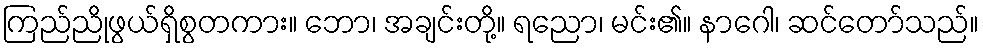
ကြည်ညိုဖွယ်ရှိစွတကား။ ဘော၊ အချင်းတို့။ ရညော၊ မင်း၏။ နာဂေါ၊ ဆင်တော်သည်။